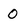
Character: 0